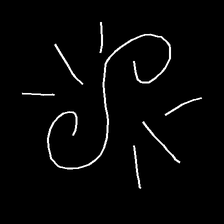
Glyph: wind-directs-air